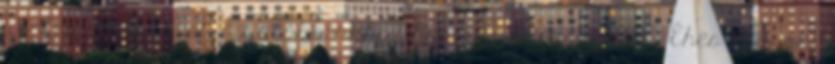
a jelen pillanatot, az alábbiakhoz hasonló kérdésekkel: Éhes vagyok?